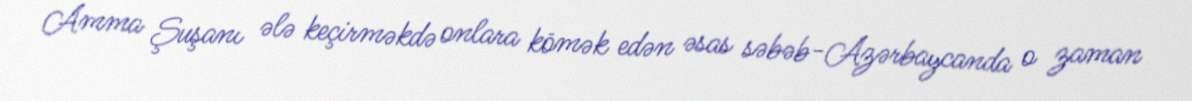
Amma Şuşanı ələ keçirməkdə onlara kömək edən əsas səbəb-Azərbaycanda o zaman